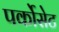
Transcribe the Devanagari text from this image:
पर्कोसेट